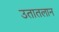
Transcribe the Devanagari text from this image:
उतातलान